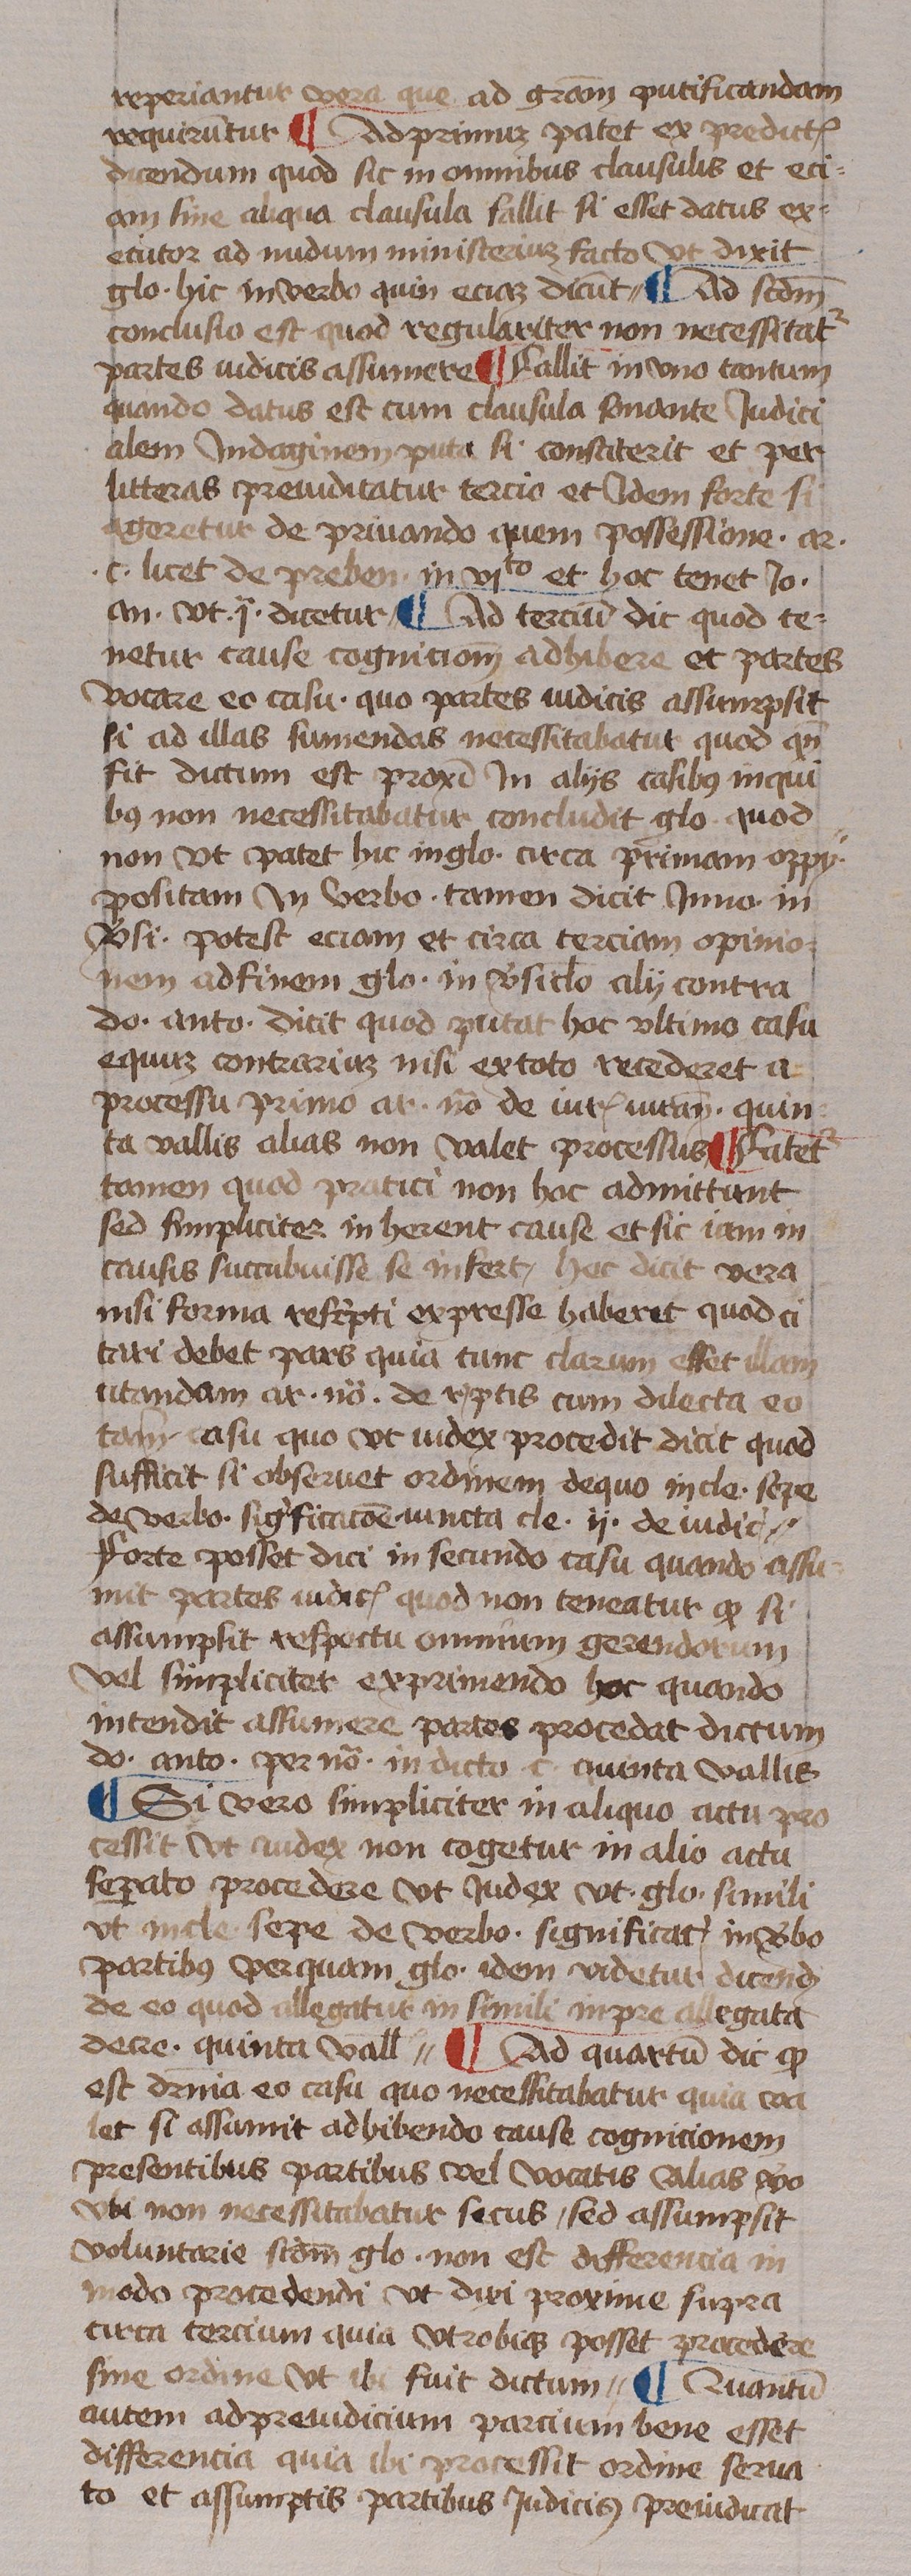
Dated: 1433–1465